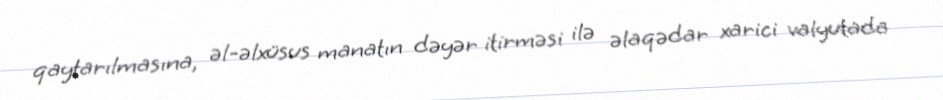
qaytarılmasına, əl-əlxüsus manatın dəyər itirməsi ilə əlaqədar xarici valyutada